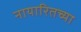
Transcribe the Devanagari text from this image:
नायारितच्या